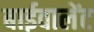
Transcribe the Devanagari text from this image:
बाईवालेंट